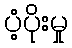
ပံ့ပိုးမှု